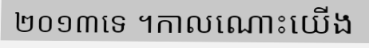
២០១៣ទេ ។កាលណោះយើង